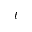
t